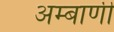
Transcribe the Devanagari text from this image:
अम्बाणी